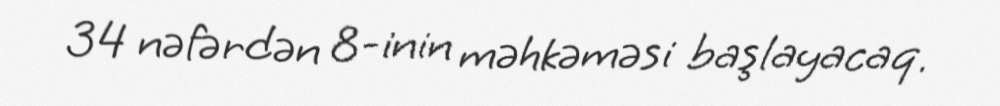
34 nəfərdən 8-inin məhkəməsi başlayacaq.